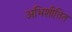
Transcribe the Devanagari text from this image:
अभिशीतित